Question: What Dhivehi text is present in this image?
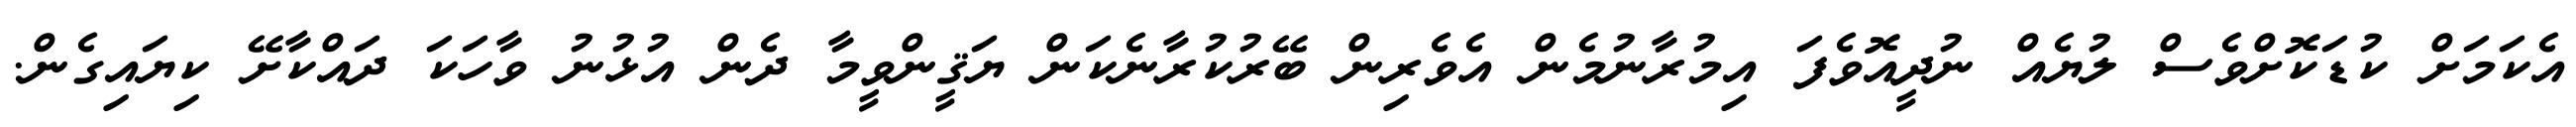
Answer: އެކަމަށް ކުޑަކޮށްވެސް ލުޔެއް ނުދީއޮވެފަ އިމުރާނުމެން އެވެރިން ބޭރުކުރާނެކަން ޔަޤީންވީމާ ދެން އުޅުނު ވާހަކަ ދައްކާށޭ ކިޔައިގެން.